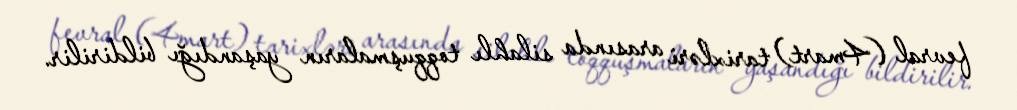
fevral (4mart) tarixləri arasında silahlı toqquşmaların yaşandığı bildirilir.